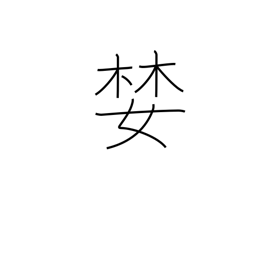
Meaning: covet